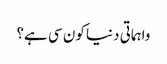
واہماتی دنیا کون سی ہے؟